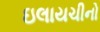
ઇલાયચીનો